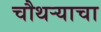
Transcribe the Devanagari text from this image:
चौथऱ्याचा